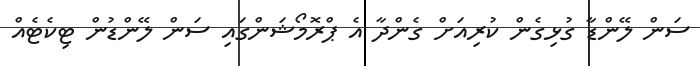
ސަން ލޭންޑާ ގުޅިގެން ކުރިއަށް ގެންދާ އެ ޕްރޮމޯޝަންގައި ސަން ލޭންޑުން ޓިކެޓެއް